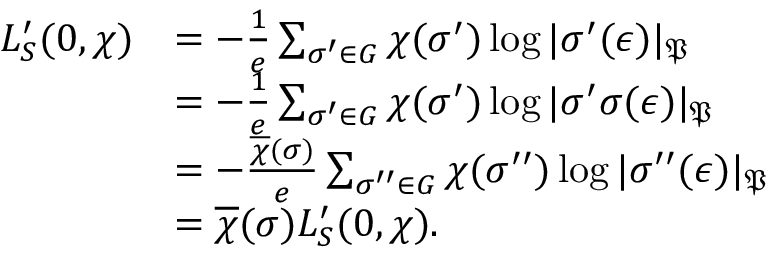
\begin{array} { r l } { L _ { S } ^ { \prime } ( 0 , \chi ) } & { = - \frac { 1 } { e } \sum _ { \sigma ^ { \prime } \in G } \chi ( \sigma ^ { \prime } ) \log | \sigma ^ { \prime } ( \epsilon ) | _ { \mathfrak P } } \\ & { = - \frac { 1 } { e } \sum _ { \sigma ^ { \prime } \in G } \chi ( \sigma ^ { \prime } ) \log | \sigma ^ { \prime } \sigma ( \epsilon ) | _ { \mathfrak P } } \\ & { = - \frac { \overline { \chi } ( \sigma ) } { e } \sum _ { \sigma ^ { \prime \prime } \in G } \chi ( \sigma ^ { \prime \prime } ) \log | \sigma ^ { \prime \prime } ( \epsilon ) | _ { \mathfrak P } } \\ & { = \overline { \chi } ( \sigma ) L _ { S } ^ { \prime } ( 0 , \chi ) . } \end{array}